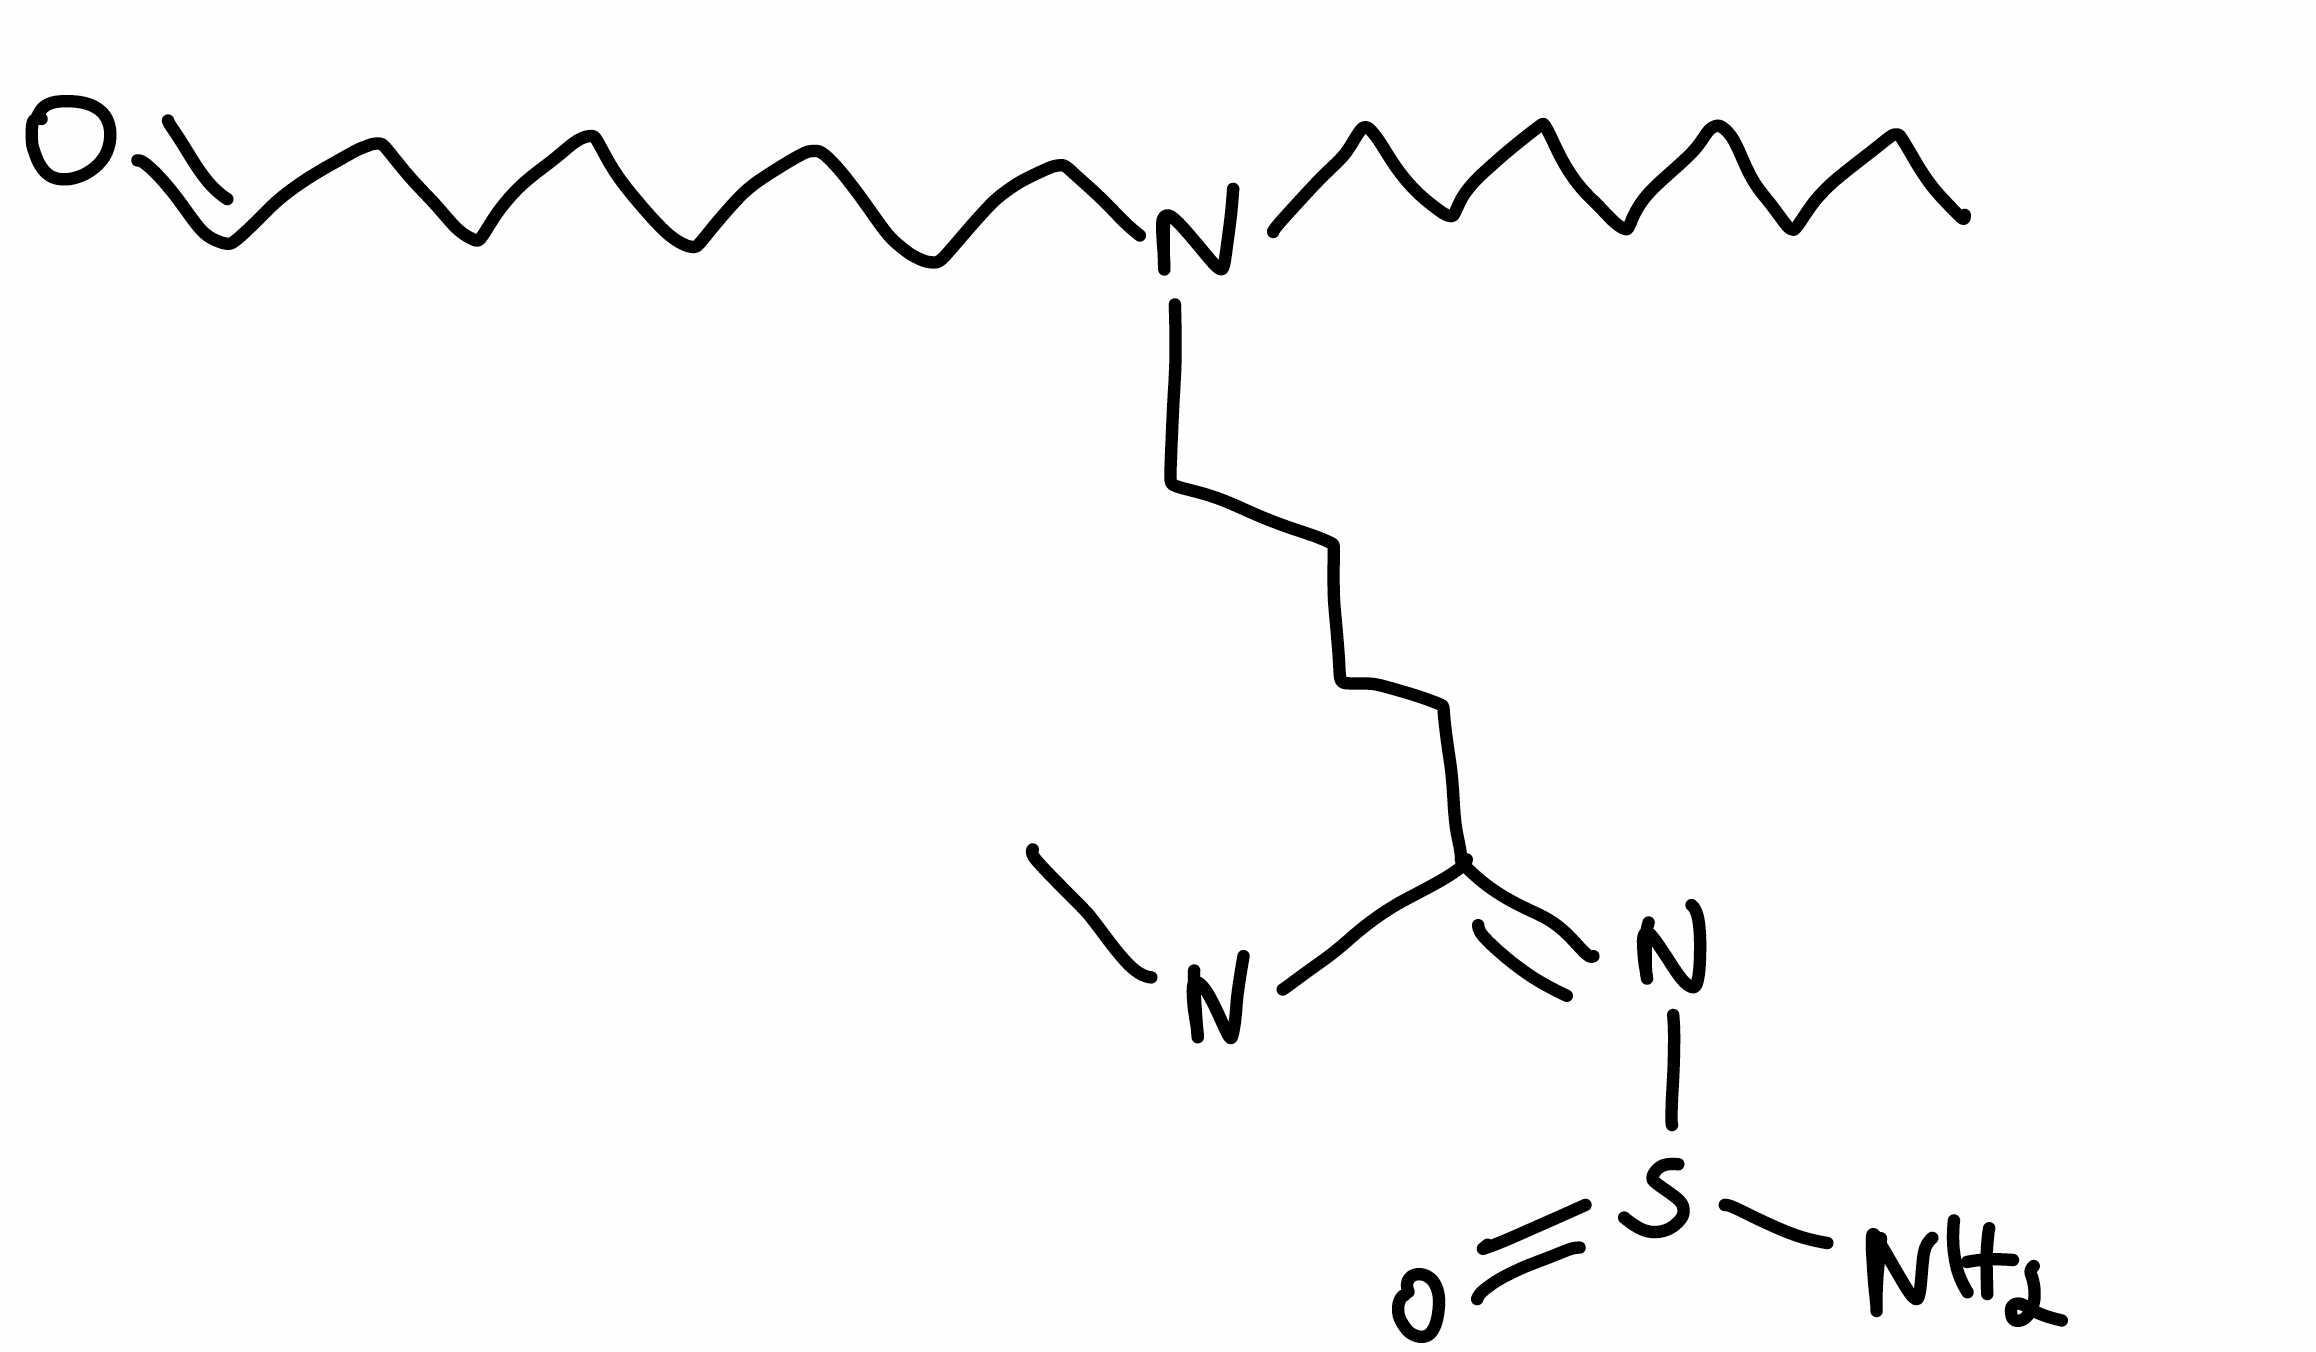
Simplified molecular-input line-entry system (SMILES) notation of the given molecule:
CCCCCCCCN(CCCCCCCC=O)CCCC/C(=N/S(=O)N)/N(C)C